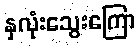
နှလုံးသွေးကြော